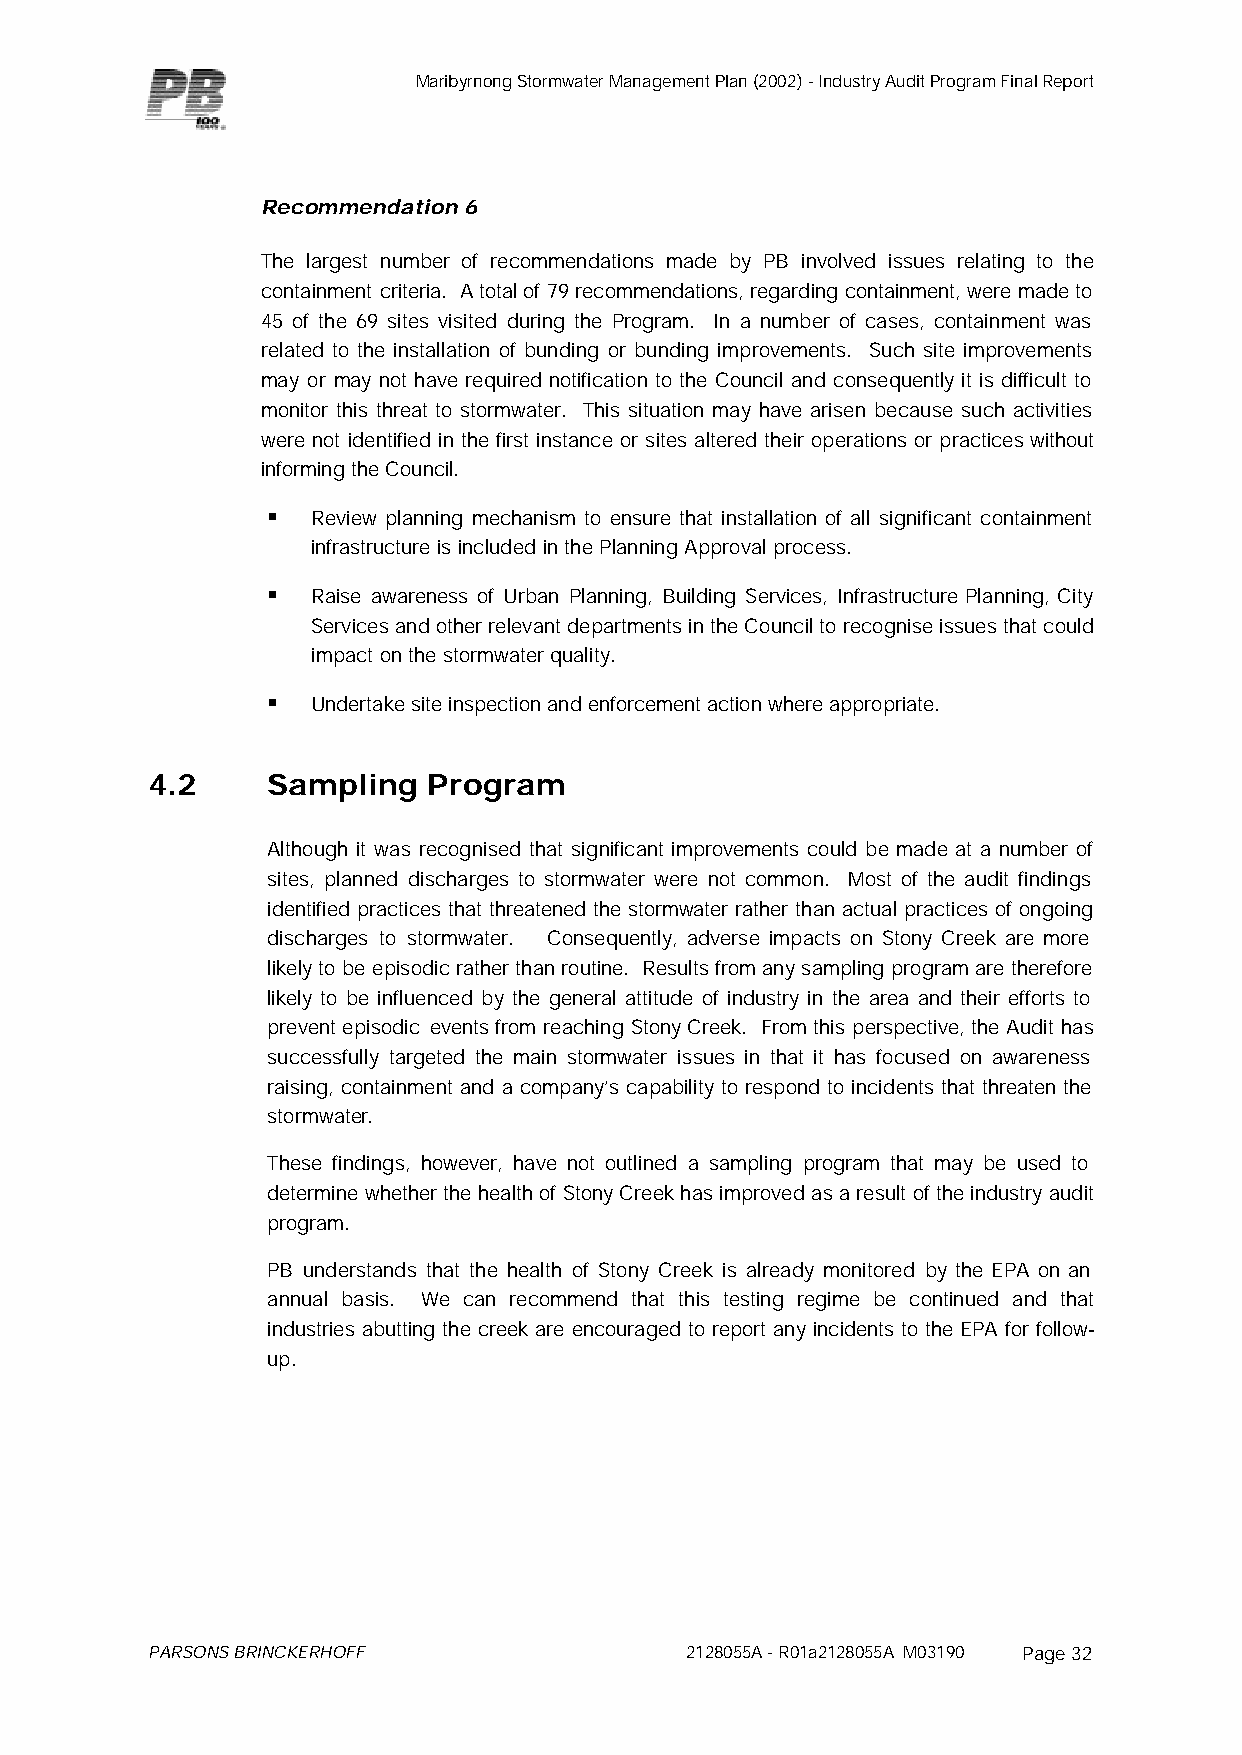
Maribyrnong Stormwater Management Plan (2002) - Industry Audit Program Final Report
 Recommendation 6
 The largest number of recommendations made by PB involved issues relating to the
 containment criteria. A total of 79 recommendations, regarding containment, were made to
 45 of the 69 sites visited during the Program. In a number of cases, containment was
 related to the installation of bunding or bunding improvements. Such site improvements
 may or may not have required notification to the Council and consequently it is difficult to
 monitor this threat to stormwater. This situation may have arisen because such activities
 were not identified in the first instance or sites altered their operations or practices without
 informing the Council.
 §  Review planning mechanism to ensure that installation of all significant containment
 infrastructure is included in the Planning Approval process.
 §  Raise awareness of Urban Planning, Building Services, Infrastructure Planning, City
 Services and other relevant departments in the Council to recognise issues that could
 impact on the stormwater quality.
 §  Undertake site inspection and enforcement action where appropriate.
 4.2     Sampling  Program
 Although it was recognised that significant improvements could be made at a number of
 sites, planned discharges to stormwater were not common. Most of the audit findings
 identified practices that threatened the stormwater rather than actual practices of ongoing
 discharges to stormwater. Consequently, adverse impacts on Stony Creek are more
 likely to be episodic rather than routine. Results from any sampling program are therefore
 likely to be influenced by the general attitude of industry in the area and their efforts to
 prevent episodic events from reaching Stony Creek. From this perspective, the Audit has
 successfully targeted the main stormwater issues in that it has focused on awareness
 raising, containment and a company’s capability to respond to incidents that threaten the
 stormwater.
 These findings, however, have not outlined a sampling program that may be used to
 determine whether the health of Stony Creek has improved as a result of the industry audit
 program.
 PB understands that the health of Stony Creek is already monitored by the EPA on an
 annual basis. We can recommend that this testing regime be continued and that
 industries abutting the creek are encouraged to report any incidents to the EPA for follow-
 up.
 PARSONS BRINCKERHOFF               2128055A - R01a2128055A M03190 Page 32